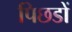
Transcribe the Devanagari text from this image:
पिछडों